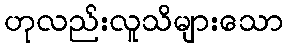
ဟုလည်းလူသိများသော